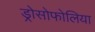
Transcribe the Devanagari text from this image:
ड्रोसोफोलिया